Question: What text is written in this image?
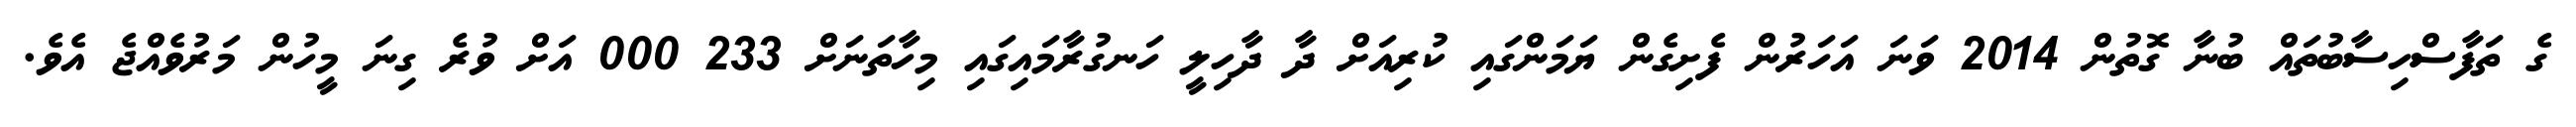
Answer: ގެ ތަފާސްހިސާބުތައް ބުނާ ގޮތުން 2014 ވަނަ އަހަރުން ފެށިގެން ޔަމަންގައި ކުރިއަށް ދާ ދާހިލީ ހަނގުރާމައިގައި މިހާތަނަށް 233 000 އަށް ވުރެ ގިނަ މީހުން މަރުވެއްޖެ އެވެ.